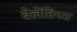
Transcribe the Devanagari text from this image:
वेलेंतिनस